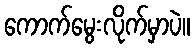
ကောက်မွေးလိုက်မှာပဲ။